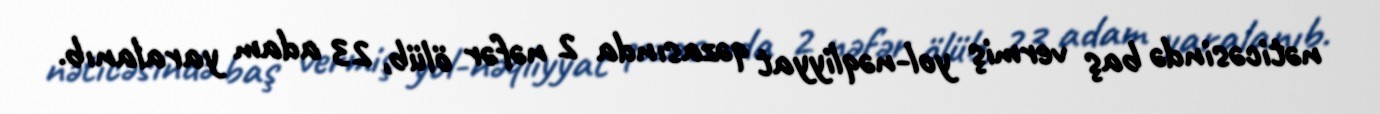
nəticəsində baş vermiş yol-nəqliyyat qəzasında 2 nəfər ölüb, 23 adam yaralanıb.